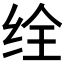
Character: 𬘥